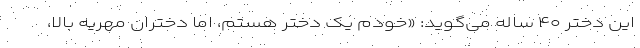
این دختر ۴۰ ساله می‌گوید: «خودم یک دختر هستم، اما دختران مهریه بالا،